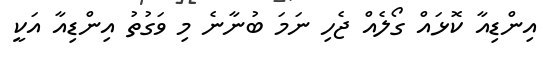
އިންޑިއާ ކޮޅައް ގޯލެއް ޖެހި ނަމަ ބުނާނެ މި ވަގުތު އިންޑިއާ އަކީ